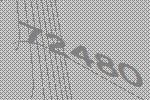
72480